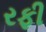
રફી